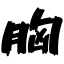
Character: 胸